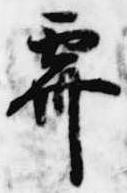
霽